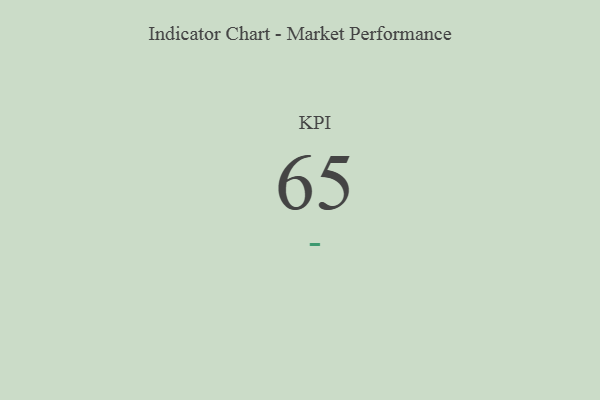
{"axis": {"x": "KPI", "y": "Value"}, "legend": [""], "data": [{"x": "KPI", "y": 65, "type": ""}]}